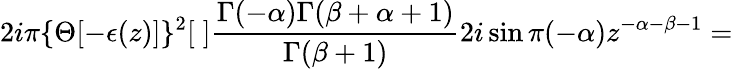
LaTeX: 2i\pi\{ \Theta[-\epsilon(z)]\} ^{2}[\; ]\frac{\Gamma(-\alpha)\Gamma(\beta+\alpha+1)}{\Gamma(\beta+1)}2i\sin\pi(-\alpha)z^{-\alpha-\beta-1}=